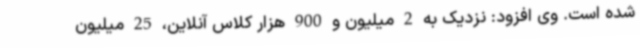
شده است. وی افزود: نزدیک به 2 میلیون و 900 هزار کلاس آنلاین، 25 میلیون